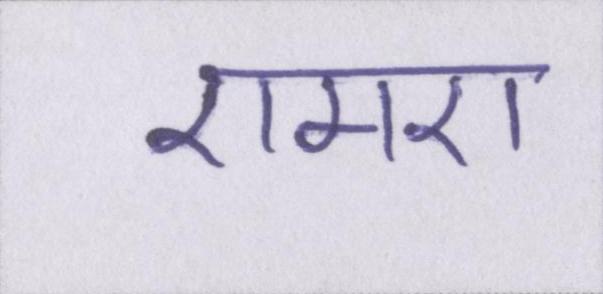
एमए